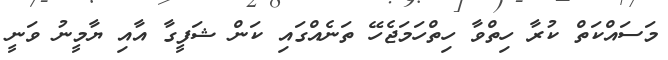
މަސައްކަތް ކުރާ ހިތްވާ ހިތްހަމަޖެހޭ ތަނެއްގައި ކަން ޝަފީގާ އާއި ޔާމީނު ވަނީ